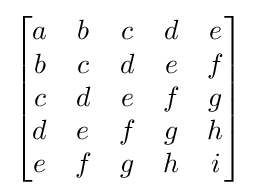
{\begin{bmatrix}a&b&c&d&e\\b&c&d&e&f\\c&d&e&f&g\\d&e&f&g&h\\e&f&g&h&i\end{bmatrix}}